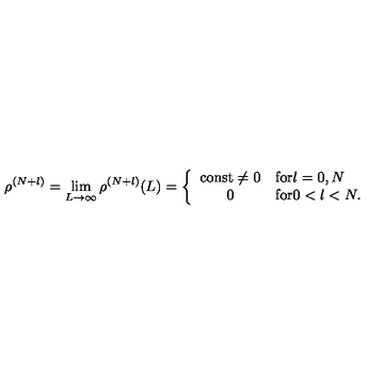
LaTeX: \rho ^ { ( N + l ) } = \lim _ { L \rightarrow \infty } \rho ^ { ( N + l ) } ( L ) = \left\{ \begin{array} { c l } { \mathrm { c o n s t } \neq 0 } & { \mathrm { f o r } l = 0 , N } \\ { 0 } & { \mathrm { f o r } 0 < l < N . } \\ \end{array} \right.